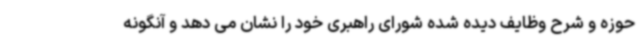
حوزه و شرح وظایف دیده شده شورای راهبری خود را نشان می دهد و آنگونه